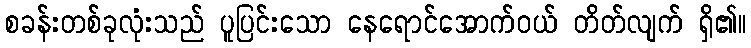
စခန်းတစ်ခုလုံးသည် ပူပြင်းသော နေရောင်အောက်ဝယ် တိတ်လျက် ရှိ၏။